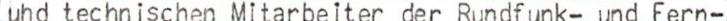
uhd technischen Mitarbeiter der Rundfunk- und Fern-